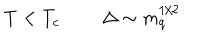
T < T _ { c } \Delta \sim m _ { q } ^ { 1 / 2 }